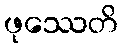
ဖုဿေတိ